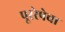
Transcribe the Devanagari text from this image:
पूररेषेचा